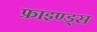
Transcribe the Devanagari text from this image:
फ्राइण्ड्स